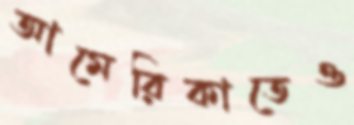
আমেরিকাতেও